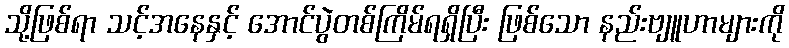
သို့ဖြစ်ရာ သင့်အနေနှင့် အောင်ပွဲတစ်ကြိမ်ရရှိပြီး ဖြစ်သော နည်းဗျူဟာများကို